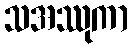
သအဿုကာ